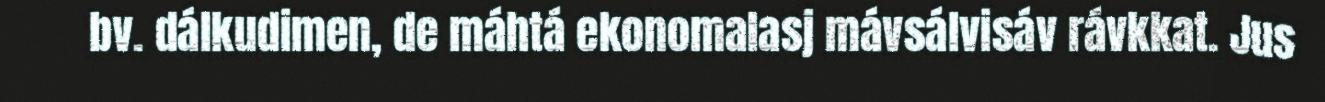
bv. dálkudimen, de máhtá ekonomalasj mávsálvisáv rávkkat. Jus